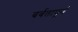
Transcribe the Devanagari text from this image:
बर्बतापूर्ण